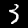
Digit: 3